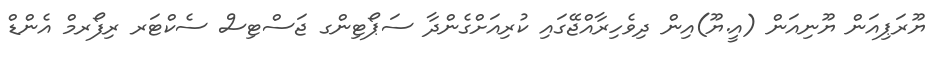
ޔޫރަޕިއަން ޔޫނިއަން (އީ.ޔޫ)އިން ދިވެހިރާއްޖޭގައި ކުރިއަށްގެންދާ ސަޕޯޓިންގ ޖަސްޓިސް ސެކްޓަރ ރިފޯރމް އެންޑް